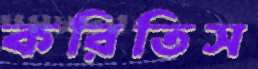
করিতিস